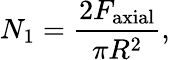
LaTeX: N_{1}=\frac{2F_{\mathrm{axial}}}{\pi R^{2}},